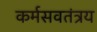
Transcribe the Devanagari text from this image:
कर्मसवतंत्रय